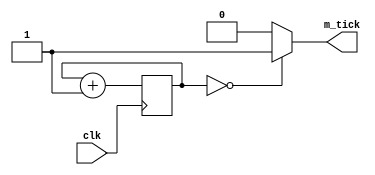
module m_tick_16(
input clk,
output m_tick
);

reg [3:0] q_reg;
wire [3:0] q_next;

always @ (posedge clk)
	q_reg <= q_next;

assign q_next=q_reg+1;

assign m_tick = ( q_reg ==0 ) ? 1'b1 : 1'b0 ;

endmodule